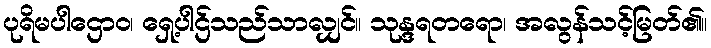
ပုရိမပါဌောဝ၊ ရှေ့ပါဌ်သည်သာလျှင်။ သုန္ဒရတရော၊ အလွန်သင့်မြတ်၏။